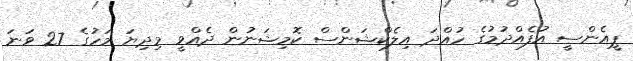
ޕީއެންސީ އުފެއްދުމުގެ ހުއްދަ އިލެކްޝަންސް ކޮމިޝަނުން ދެއްވީ މިދިޔަ މަހުގެ 27 ވަނަ